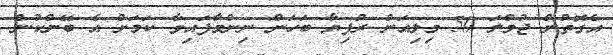
އެގޮތުން ޖުމްލަ 50 މިލިއަން ރުފިޔާ ބަހަން ނިންމާފައިވާ ކަމަށް އެ ބޭންކުން